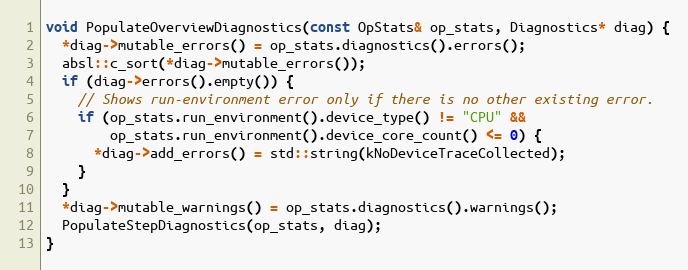
Language: C++
void PopulateOverviewDiagnostics(const OpStats& op_stats, Diagnostics* diag) {
  *diag->mutable_errors() = op_stats.diagnostics().errors();
  absl::c_sort(*diag->mutable_errors());
  if (diag->errors().empty()) {
    // Shows run-environment error only if there is no other existing error.
    if (op_stats.run_environment().device_type() != "CPU" &&
        op_stats.run_environment().device_core_count() <= 0) {
      *diag->add_errors() = std::string(kNoDeviceTraceCollected);
    }
  }
  *diag->mutable_warnings() = op_stats.diagnostics().warnings();
  PopulateStepDiagnostics(op_stats, diag);
}